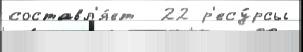
составл'я́ет  22 р'есу́рсы